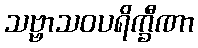
သဗ္ဗာသဝပရိက္ခီဏာ